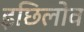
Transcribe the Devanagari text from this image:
इछिलोव